Annual report of the Punjab Veterinary College and of the Civil Veterinary Department, Punjab - 1926-1932
Year: 1926
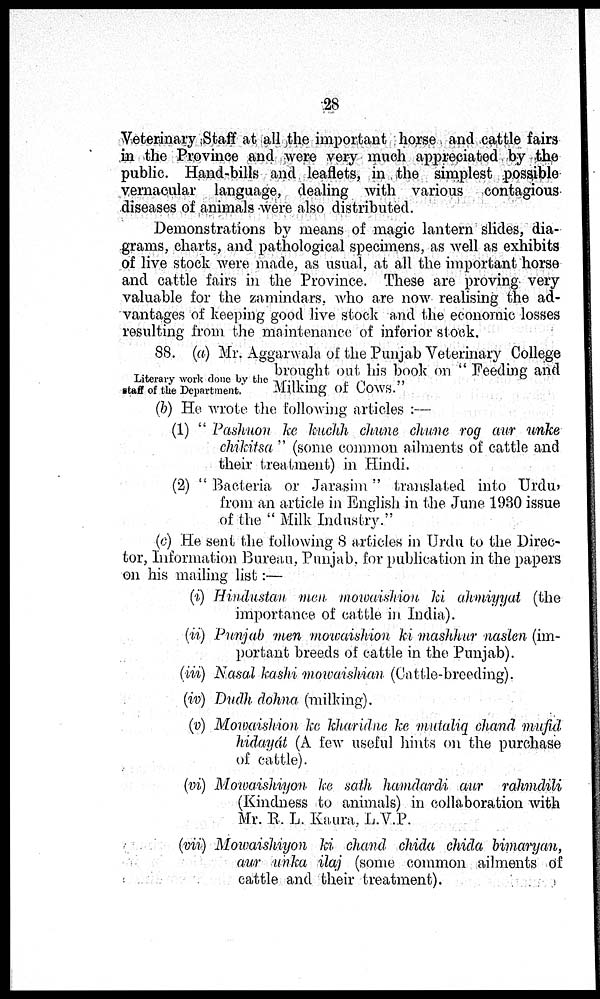
28
Veterinary Staff at all the important horse and cattle fairs
in the Province and were very much appreciated by the
public. Hand-bills and leaflets, in the simplest possible
vernacular language, dealing with various contagious
diseases of animals were also distributed.
Demonstrations by means of magic lantern slides, dia-
grams, charts, and pathological specimens, as well as exhibits
of live stock were made, as usual, at all the important horse
and cattle fairs in the Province. These are proving very
valuable for the zamindars, who are now realising the ad-
vantages of keeping good live stock and the economic losses
resulting from the maintenance of inferior stock.
Literary work done by the
staff of the Department.
88. (a) Mr. Aggarwala of the Punjab Veterinary College
brought out his book on "Feeding and
Milking of Cows."
(b) He wrote the following articles :—
(1) "Pashaon ke kuchh chune chune rog aur unke
chikitsa" (some common ailments of cattle and
their treatment) in Hindi.
(2) "Bacteria, or Jarasim" translated into Urdu,
from an article in English in the June 1930 issue
of the "Milk Industry."
(c) He sent the following 8 articles in Urdu to the Direc-
tor, Information Bureau, Punjab, for publication in the papers
on his mailing list :—
(i) Hindustan men mowaishion ki ahmiyyat (the
importance of cattle in India).
(ii) Punjab men mowaishion ki mashhur naslen (im-
portant breeds of cattle in the Punjab).
(in) Nasal kashi mowaishian (Cattle-breeding).
(iv) Dudh dohna (milking).
(v) Mowaishion ke kharidne ke mutabiq chand mufid
hidayát (A few useful hints on the purchase
of cattle).
(vi) Mowaishiyon ke sath hamdardi aur rahmdili
(Kindness to animals) in collaboration with
Mr. R. L. Kaura, L.V.P.
(vii) Mowaishiyon ki chand chida chida bimaryan,
aur unka ilaj (some common ailments of
cattle and their treatment).